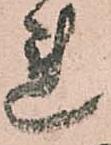
れ